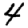
Digit: 4